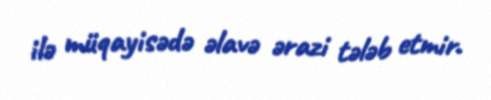
ilə müqayisədə əlavə ərazi tələb etmir.